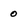
Character: 0